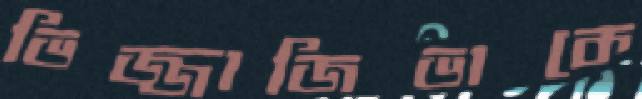
ভিজ্জাজিভাকে